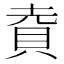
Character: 𮙹